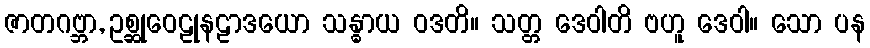
ဇာတဂဗ္ဘာ, ဥစ္ဆုဝေဠုနဠာဒယော သန္ဓာယ ဝဒတိ။ သတ္တ ဒေဝါတိ ဗဟူ ဒေဝါ။ သော ပန